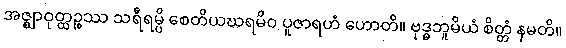
အဇ္ဈာဝုတ္ထဉ္စဿ သရီရမ္ပိ စေတိယဃရမိဝ ပူဇာရဟံ ဟောတိ။ ဗုဒ္ဓဘူမိယံ စိတ္တံ နမတိ။